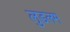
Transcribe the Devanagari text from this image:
लुडलम